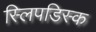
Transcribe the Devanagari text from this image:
स्लिपडिस्क